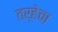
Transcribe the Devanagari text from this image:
तर्‍हेचा